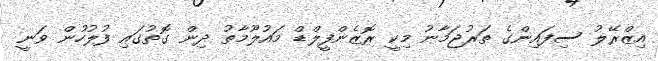
އިޒްރޭލު ސިފައިންގެ ތަރުޖަމާނު މިކީ ރޮޒެންފީލްޑް މައުލޫމާތު ދިން ގޮތުގައި ފުލުހުން ވަނީ